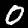
Label: 0